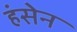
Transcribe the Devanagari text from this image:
हंसेन